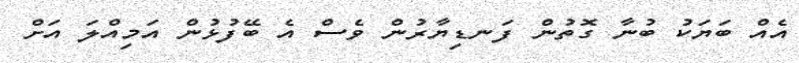
އެއް ބަޔަކު ބުނާ ގޮތުން ފަނޑިޔާރުން ވެސް އެ ބޭފުޅުން އަމިއްލަ އަށް